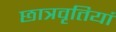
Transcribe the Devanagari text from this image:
छात्रवृतियां